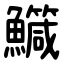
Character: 鱵